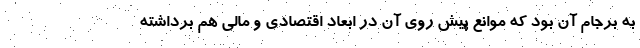
به برجام آن بود که موانع پیش روی آن در ابعاد اقتصادی و مالی هم برداشته